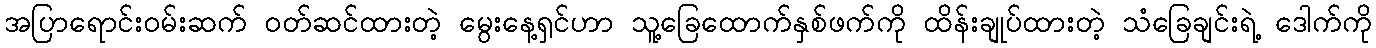
အပြာရောင်းဝမ်းဆက် ဝတ်ဆင်ထားတဲ့ မွေးနေ့ရှင်ဟာ သူ့ခြေထောက်နှစ်ဖက်ကို ထိန်းချုပ်ထားတဲ့ သံခြေချင်းရဲ့ ဒေါက်ကို